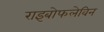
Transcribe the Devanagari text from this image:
राइबोफलेविन